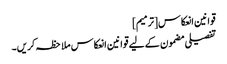
قوانین انعکاس[ترمیم]
تفصیلی مضمون کے لیے قوانین انعکاس ملاحظہ کریں۔